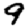
Digit: 9